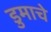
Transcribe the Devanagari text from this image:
डुमाचे